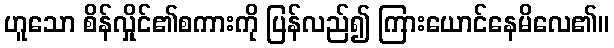
ဟူသော စိန်လှိုင်၏စကားကို ပြန်လည်၍ ကြားယောင်နေမိလေ၏။